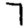
Digit: 7